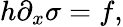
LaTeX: h\partial_{x}\sigma=f,